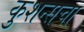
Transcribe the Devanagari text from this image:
कुशन्सचा